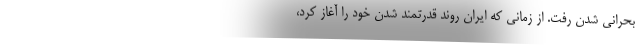
بحرانی شدن رفت. از زمانی که ایران روند قدرتمند شدن خود را آغاز کرد،